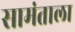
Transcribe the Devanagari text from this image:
सामंताला